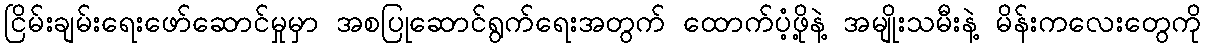
ငြိမ်းချမ်းရေးဖော်ဆောင်မှုမှာ အစပြုဆောင်ရွက်ရေးအတွက် ထောက်ပံ့ဖို့နဲ့ အမျိုးသမီးနဲ့ မိန်းကလေးတွေကို